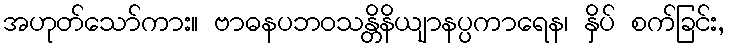
အဟုတ်သော်ကား။ ဗာဓနပဘဝသန္တိနိယျာနပ္ပကာရေန၊ နှိပ် စက်ခြင်း,